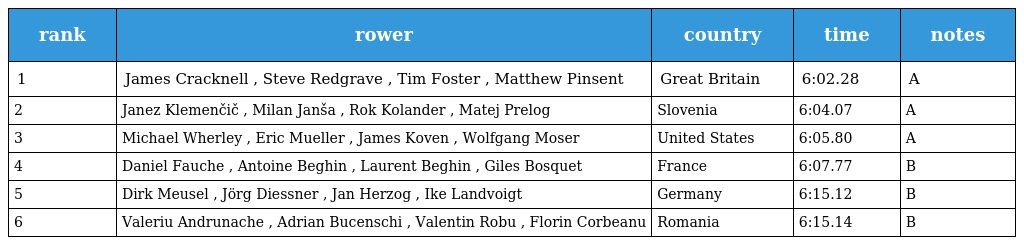
| rank | rower | country | time | notes |
 | --- | --- | --- | --- | --- |
 | 1 | James Cracknell , Steve Redgrave , Tim Foster , Matthew Pinsent | Great Britain | 6:02.28 | A |
 | 2 | Janez Klemenčič , Milan Janša , Rok Kolander , Matej Prelog | Slovenia | 6:04.07 | A |
 | 3 | Michael Wherley , Eric Mueller , James Koven , Wolfgang Moser | United States | 6:05.80 | A |
 | 4 | Daniel Fauche , Antoine Beghin , Laurent Beghin , Giles Bosquet | France | 6:07.77 | B |
 | 5 | Dirk Meusel , Jörg Diessner , Jan Herzog , Ike Landvoigt | Germany | 6:15.12 | B |
 | 6 | Valeriu Andrunache , Adrian Bucenschi , Valentin Robu , Florin Corbeanu | Romania | 6:15.14 | B |